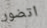
اتضور